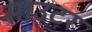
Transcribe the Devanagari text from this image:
साउटर